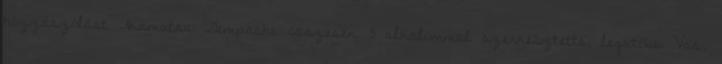
hozzászólást Akamatsu Gempachi összesen 3 alkalommal szerkesztette, legutóbb Vas.